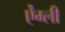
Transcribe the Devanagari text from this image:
ऐंग्ली